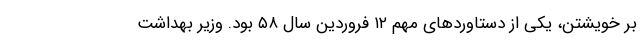
بر خویشتن، یکی از دستاورد‌های مهم ۱۲ فروردین سال ۵۸ بود. وزیر بهداشت